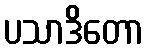
ပသာဒိတော